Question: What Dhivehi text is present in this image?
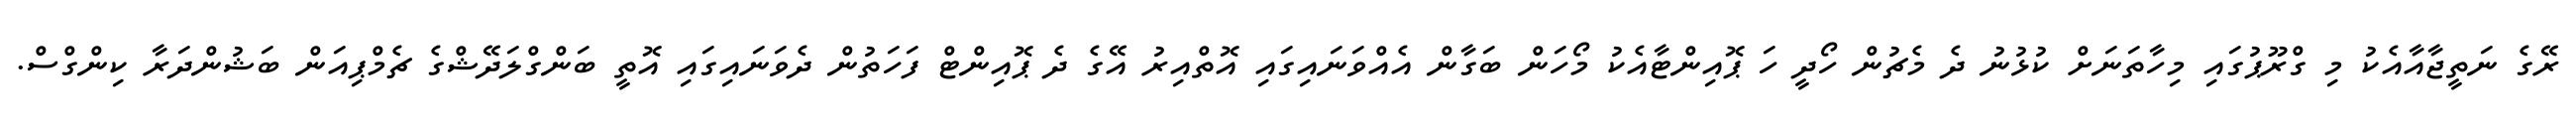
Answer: ރޭގެ ނަތީޖާއާއެކު މި ގްރޫޕުގައި މިހާތަނަށް ކުޅުނު ދެ މެޗުން ހޯދީ ހަ ޕޮއިންޓާއެކު މޯހަން ބަގާން އެއްވަނައިގައި އޮތްއިރު އޭގެ ދެ ޕޮއިންޓް ފަހަތުން ދެވަނައިގައި އޮތީ ބަންގްލަދޭޝްގެ ޗެމްޕިއަން ބަޝުންދަރާ ކިންގްސް.